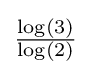
\textstyle {\frac {\log(3)}{\log(2)}}